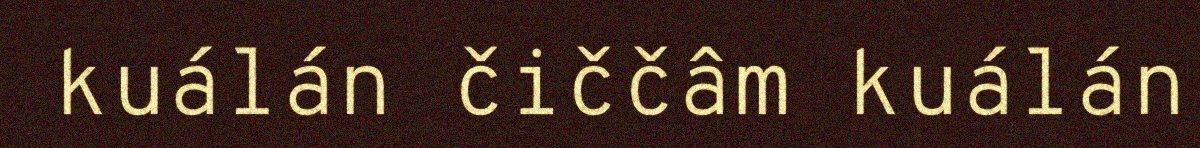
kuálán čiččâm kuálán